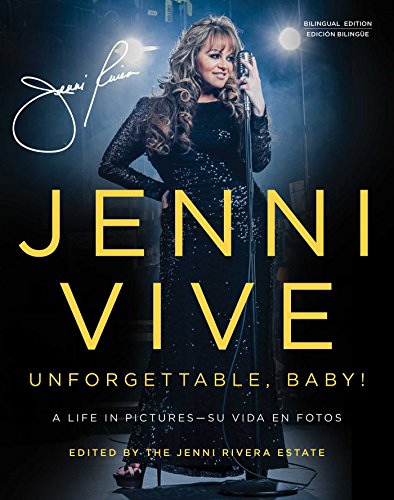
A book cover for Jenni Vive: Unforgettable Baby! (Bilingual Edition): A Life in PicturesSu vida en fotos; Humor & Entertainment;